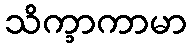
သိက္ခာကာမာ